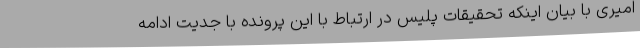
امیری با بیان اینکه تحقیقات پلیس در ارتباط با این پرونده با جدیت ادامه